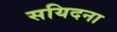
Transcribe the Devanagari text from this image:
सयिदना